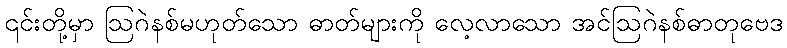
၎င်းတို့မှာ ဩဂဲနစ်မဟုတ်သော ဓာတ်များကို လေ့လာသော အင်ဩဂဲနစ်ဓာတုဗေဒ